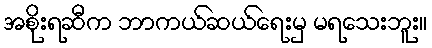
အစိုးရဆီက ဘာကယ်ဆယ်ရေးမှ မရသေးဘူး။